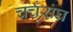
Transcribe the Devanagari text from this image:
चर्चसंघ